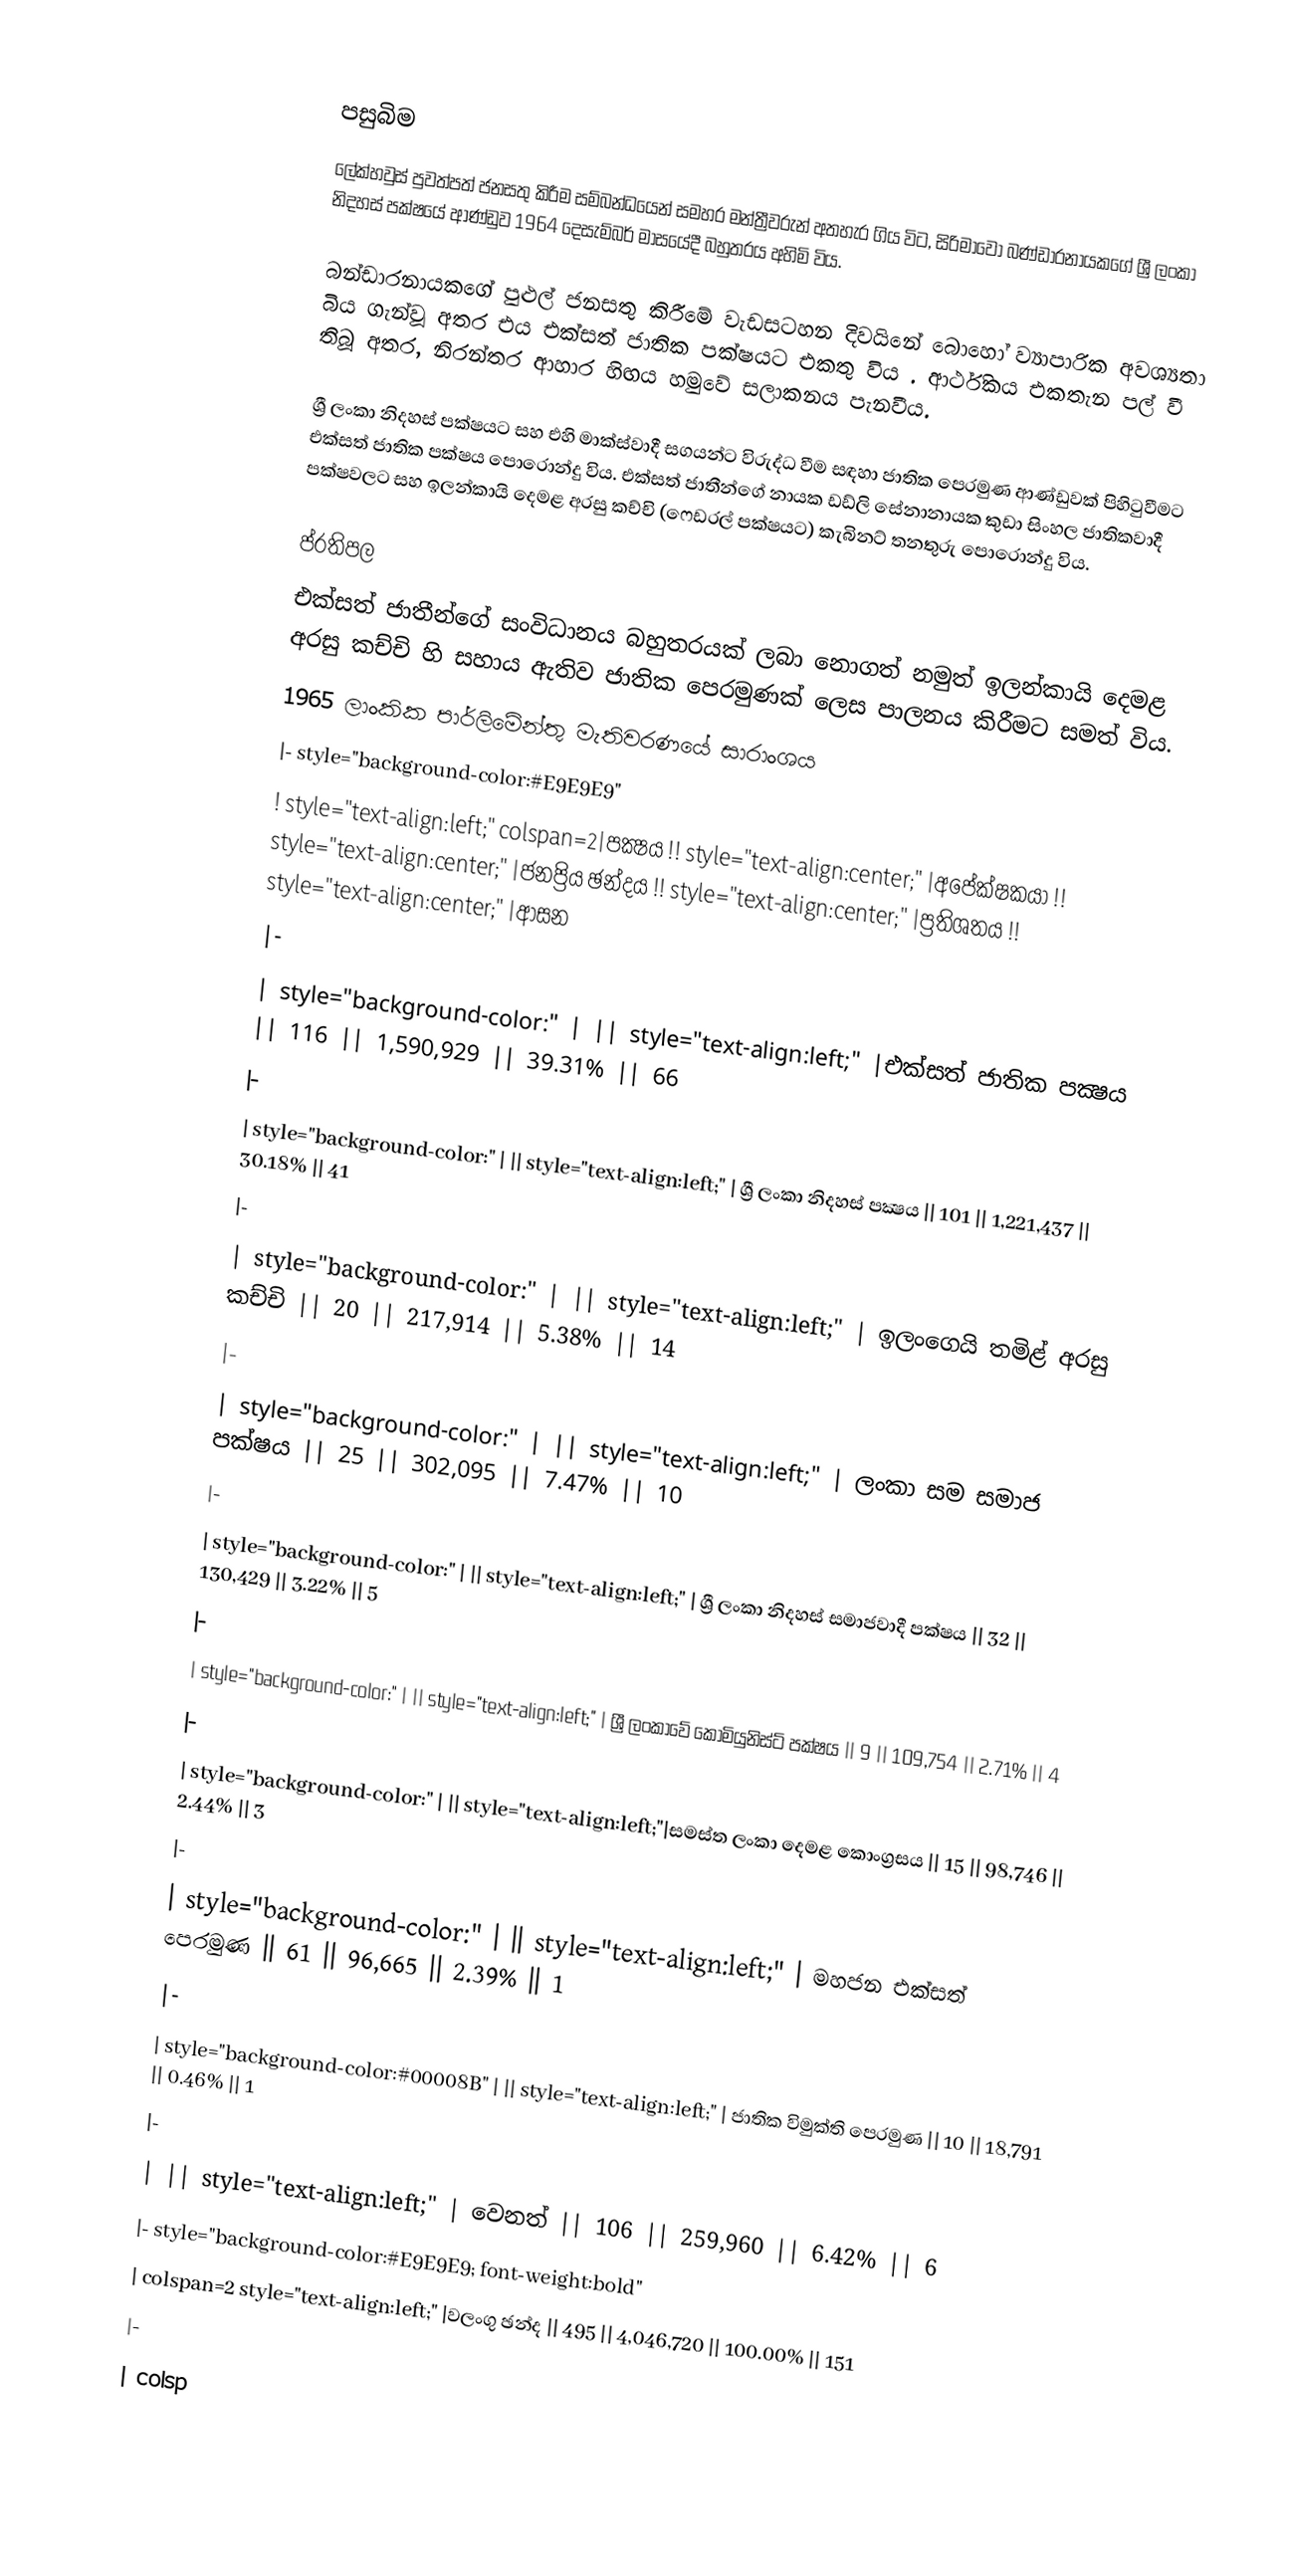

පසුබිම
ලේක්හවුස් පුවත්පත් ජනසතු කිරීම සම්බන්ධයෙන් සමහර මන්ත්‍රීවරුන් අතහැර ගිය විට, සිරිමාවෝ බණ්ඩාරනායකගේ ශ්‍රී ලංකා නිදහස් පක්ෂයේ ආණ්ඩුව 1964 දෙසැම්බර් මාසයේදී බහුතරය අහිමි විය.

බන්ඩාරනායකගේ පුළුල් ජනසතු කිරීමේ වැඩසටහන දිවයිනේ බොහෝ ව්‍යාපාරික අවශ්‍යතා බිය ගැන්වූ අතර එය එක්සත් ජාතික පක්ෂයට එකතු විය . ආර්ථිකය එකතැන පල් වී තිබූ අතර, නිරන්තර ආහාර හිඟය හමුවේ සලාකනය පැනවීය.

ශ්‍රී ලංකා නිදහස් පක්ෂයට සහ එහි මාක්ස්වාදී සගයන්ට විරුද්ධ වීම සඳහා ජාතික පෙරමුණ ආණ්ඩුවක් පිහිටුවීමට එක්සත් ජාතික පක්ෂය පොරොන්දු විය. එක්සත් ජාතීන්ගේ නායක ඩඩ්ලි සේනානායක කුඩා සිංහල ජාතිකවාදී පක්ෂවලට සහ ඉලන්කායි දෙමළ අරසු කච්චි (ෆෙඩරල් පක්ෂයට) කැබිනට් තනතුරු පොරොන්දු විය.

ප්රතිපල
එක්සත් ජාතීන්ගේ සංවිධානය බහුතරයක් ලබා නොගත් නමුත් ඉලන්කායි දෙමළ අරසු කච්චි හි සහාය ඇතිව ජාතික පෙරමුණක් ලෙස පාලනය කිරීමට සමත් විය.
1965 ලාංකික පාර්ලිමේන්තු මැතිවරණයේ සාරාංශය
|- style="background-color:#E9E9E9"
! style="text-align:left;" colspan=2|පක්‍ෂය !! style="text-align:center;" |අපේක්ෂකයා !! style="text-align:center;" |ජනප්‍රිය ඡන්දය !! style="text-align:center;" |ප්‍රතිශතය !! style="text-align:center;" |ආසන
|-
| style="background-color:" |  || style="text-align:left;" |එක්සත් ජාතික පක්‍ෂය || 116 || 1,590,929 || 39.31% || 66
|-
| style="background-color:" |  || style="text-align:left;" | ශ්‍රී ලංකා නිදහස් පක්‍ෂය || 101 || 1,221,437 || 30.18% || 41
|-
| style="background-color:" |  || style="text-align:left;" | ඉලංගෙයි තමිළ් අරසු කච්චි || 20 || 217,914 || 5.38% || 14
|-
| style="background-color:" |  || style="text-align:left;" | ලංකා සම සමාජ පක්ෂය || 25 || 302,095 || 7.47% || 10
|-
| style="background-color:" |  || style="text-align:left;" | ශ්‍රී ලංකා නිදහස් සමාජවාදී පක්ෂය || 32 || 130,429 || 3.22% || 5
|-
| style="background-color:" |  || style="text-align:left;" | ශ්‍රී ලංකාවේ කොමියුනිස්ට් පක්ෂය || 9 || 109,754 || 2.71% || 4
|-
| style="background-color:" |  || style="text-align:left;"|සමස්ත ලංකා දෙමළ කොංග්‍රසය || 15 || 98,746 || 2.44% || 3
|-
| style="background-color:" |  || style="text-align:left;" | මහජන එක්සත් පෙරමුණ || 61 || 96,665 || 2.39% || 1
|-
| style="background-color:#00008B" |  || style="text-align:left;" | ජාතික විමුක්ති පෙරමුණ || 10 || 18,791 || 0.46% || 1
|-
| || style="text-align:left;" | වෙනත් || 106 || 259,960 || 6.42% || 6
|- style="background-color:#E9E9E9; font-weight:bold"
| colspan=2 style="text-align:left;" |වලංගු ඡන්ද || 495 || 4,046,720 || 100.00% || 151
|-
| colsp